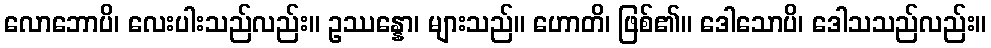
လောဘောပိ၊ လေးပါးသည်လည်း။ ဥဿန္နော၊ များသည်။ ဟောတိ၊ ဖြစ်၏။ ဒေါသောပိ၊ ဒေါသသည်လည်း။